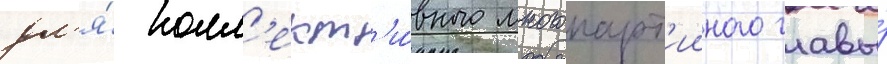
дл'я́ колл'ект'и́вного многопарт'ииного главы́